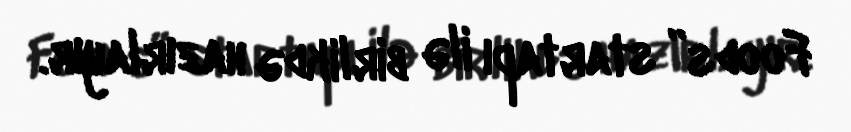
Foods” startapı ilə birlikdə hazırlayır.